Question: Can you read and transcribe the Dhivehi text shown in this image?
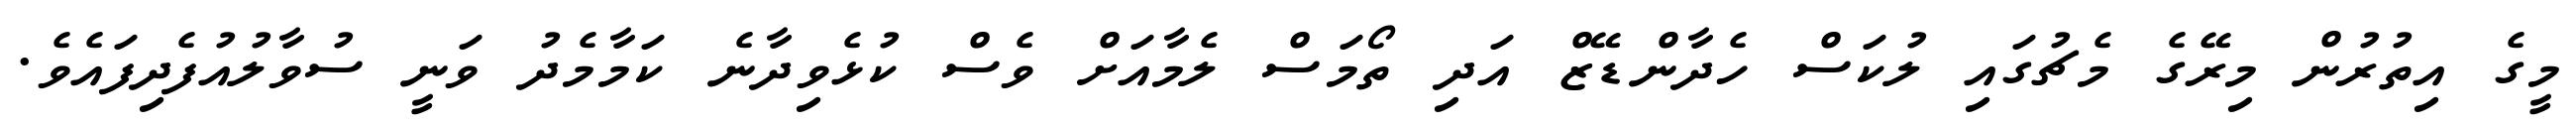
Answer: މީގެ އިތުރުން މިރޭގެ މެޗުގައި ލުކަސް ހެދާންޑޭޒް އަދި ތޯމަސް ލެމާއަށް ވެސް ކުޅެވިދާނެ ކަމާމެދު ވަނީ ސުވާލުއުފެދިފައެވެ.